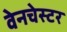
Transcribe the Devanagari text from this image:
वेनचेस्टर